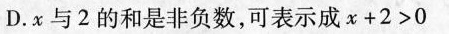
D.x与2的和是非负数，可表示成$$x + 2 > 0$$